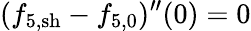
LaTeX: (f_{5,\mathrm{sh}}-{f}_{5,0})^{\prime\prime}(0)=0